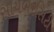
સાયબરસિટી